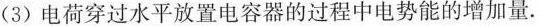
(3)电荷穿过水平放置电容器的过程中电势能的增加量。